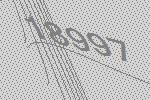
18997